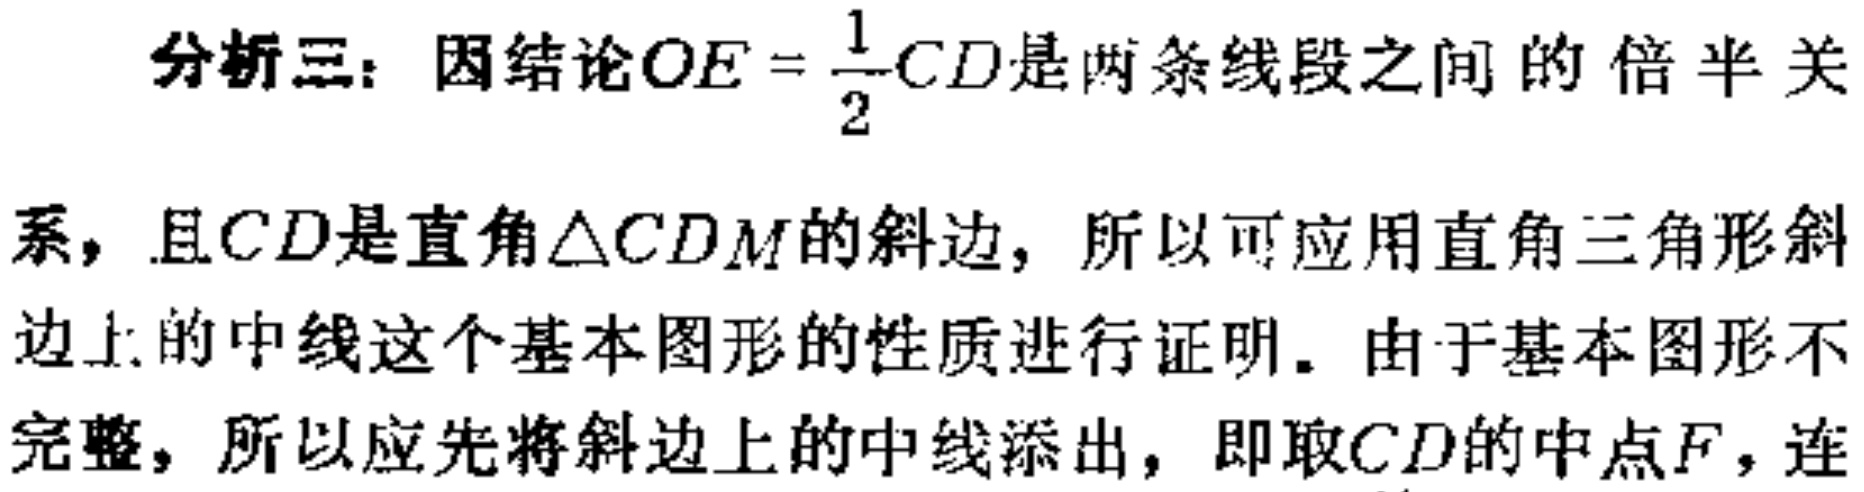
分析三：因结论\(OE = \frac{1}{2}CD\)是两条线段之间的倍半关
系，且\(CD\)是直角\(\triangle CDM\)的斜边，所以可应用直角三角形斜
边上的中线这个基本图形的性质进行证明。由于基本图形不
完整，所以应先将斜边上的中线添出，即取\(CD\)的中点\(F\)，连